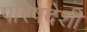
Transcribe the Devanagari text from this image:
परिषदेशी